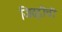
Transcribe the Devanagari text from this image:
जिद्दीची